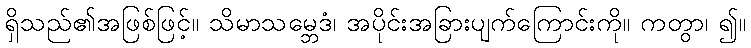
ရှိသည်၏အဖြစ်ဖြင့်။ သိမာသမ္ဘေဒံ၊ အပိုင်းအခြားပျက်ကြောင်းကို။ ကတွာ၊ ၍။